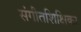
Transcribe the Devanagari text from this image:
संगीतशिक्षिका